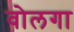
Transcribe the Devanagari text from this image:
वोलगा